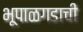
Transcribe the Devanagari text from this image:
भूपाळगडाची